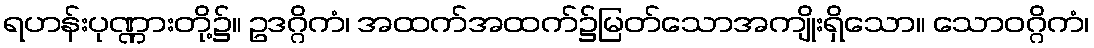
ရဟန်းပုဏ္ဏားတို့၌။ ဥဒဂ္ဂိကံ၊ အထက်အထက်၌မြတ်သောအကျိုးရှိသော။ သောဝဂ္ဂိကံ၊